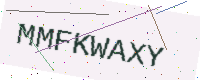
Text: MMFKWAXY